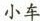
小车